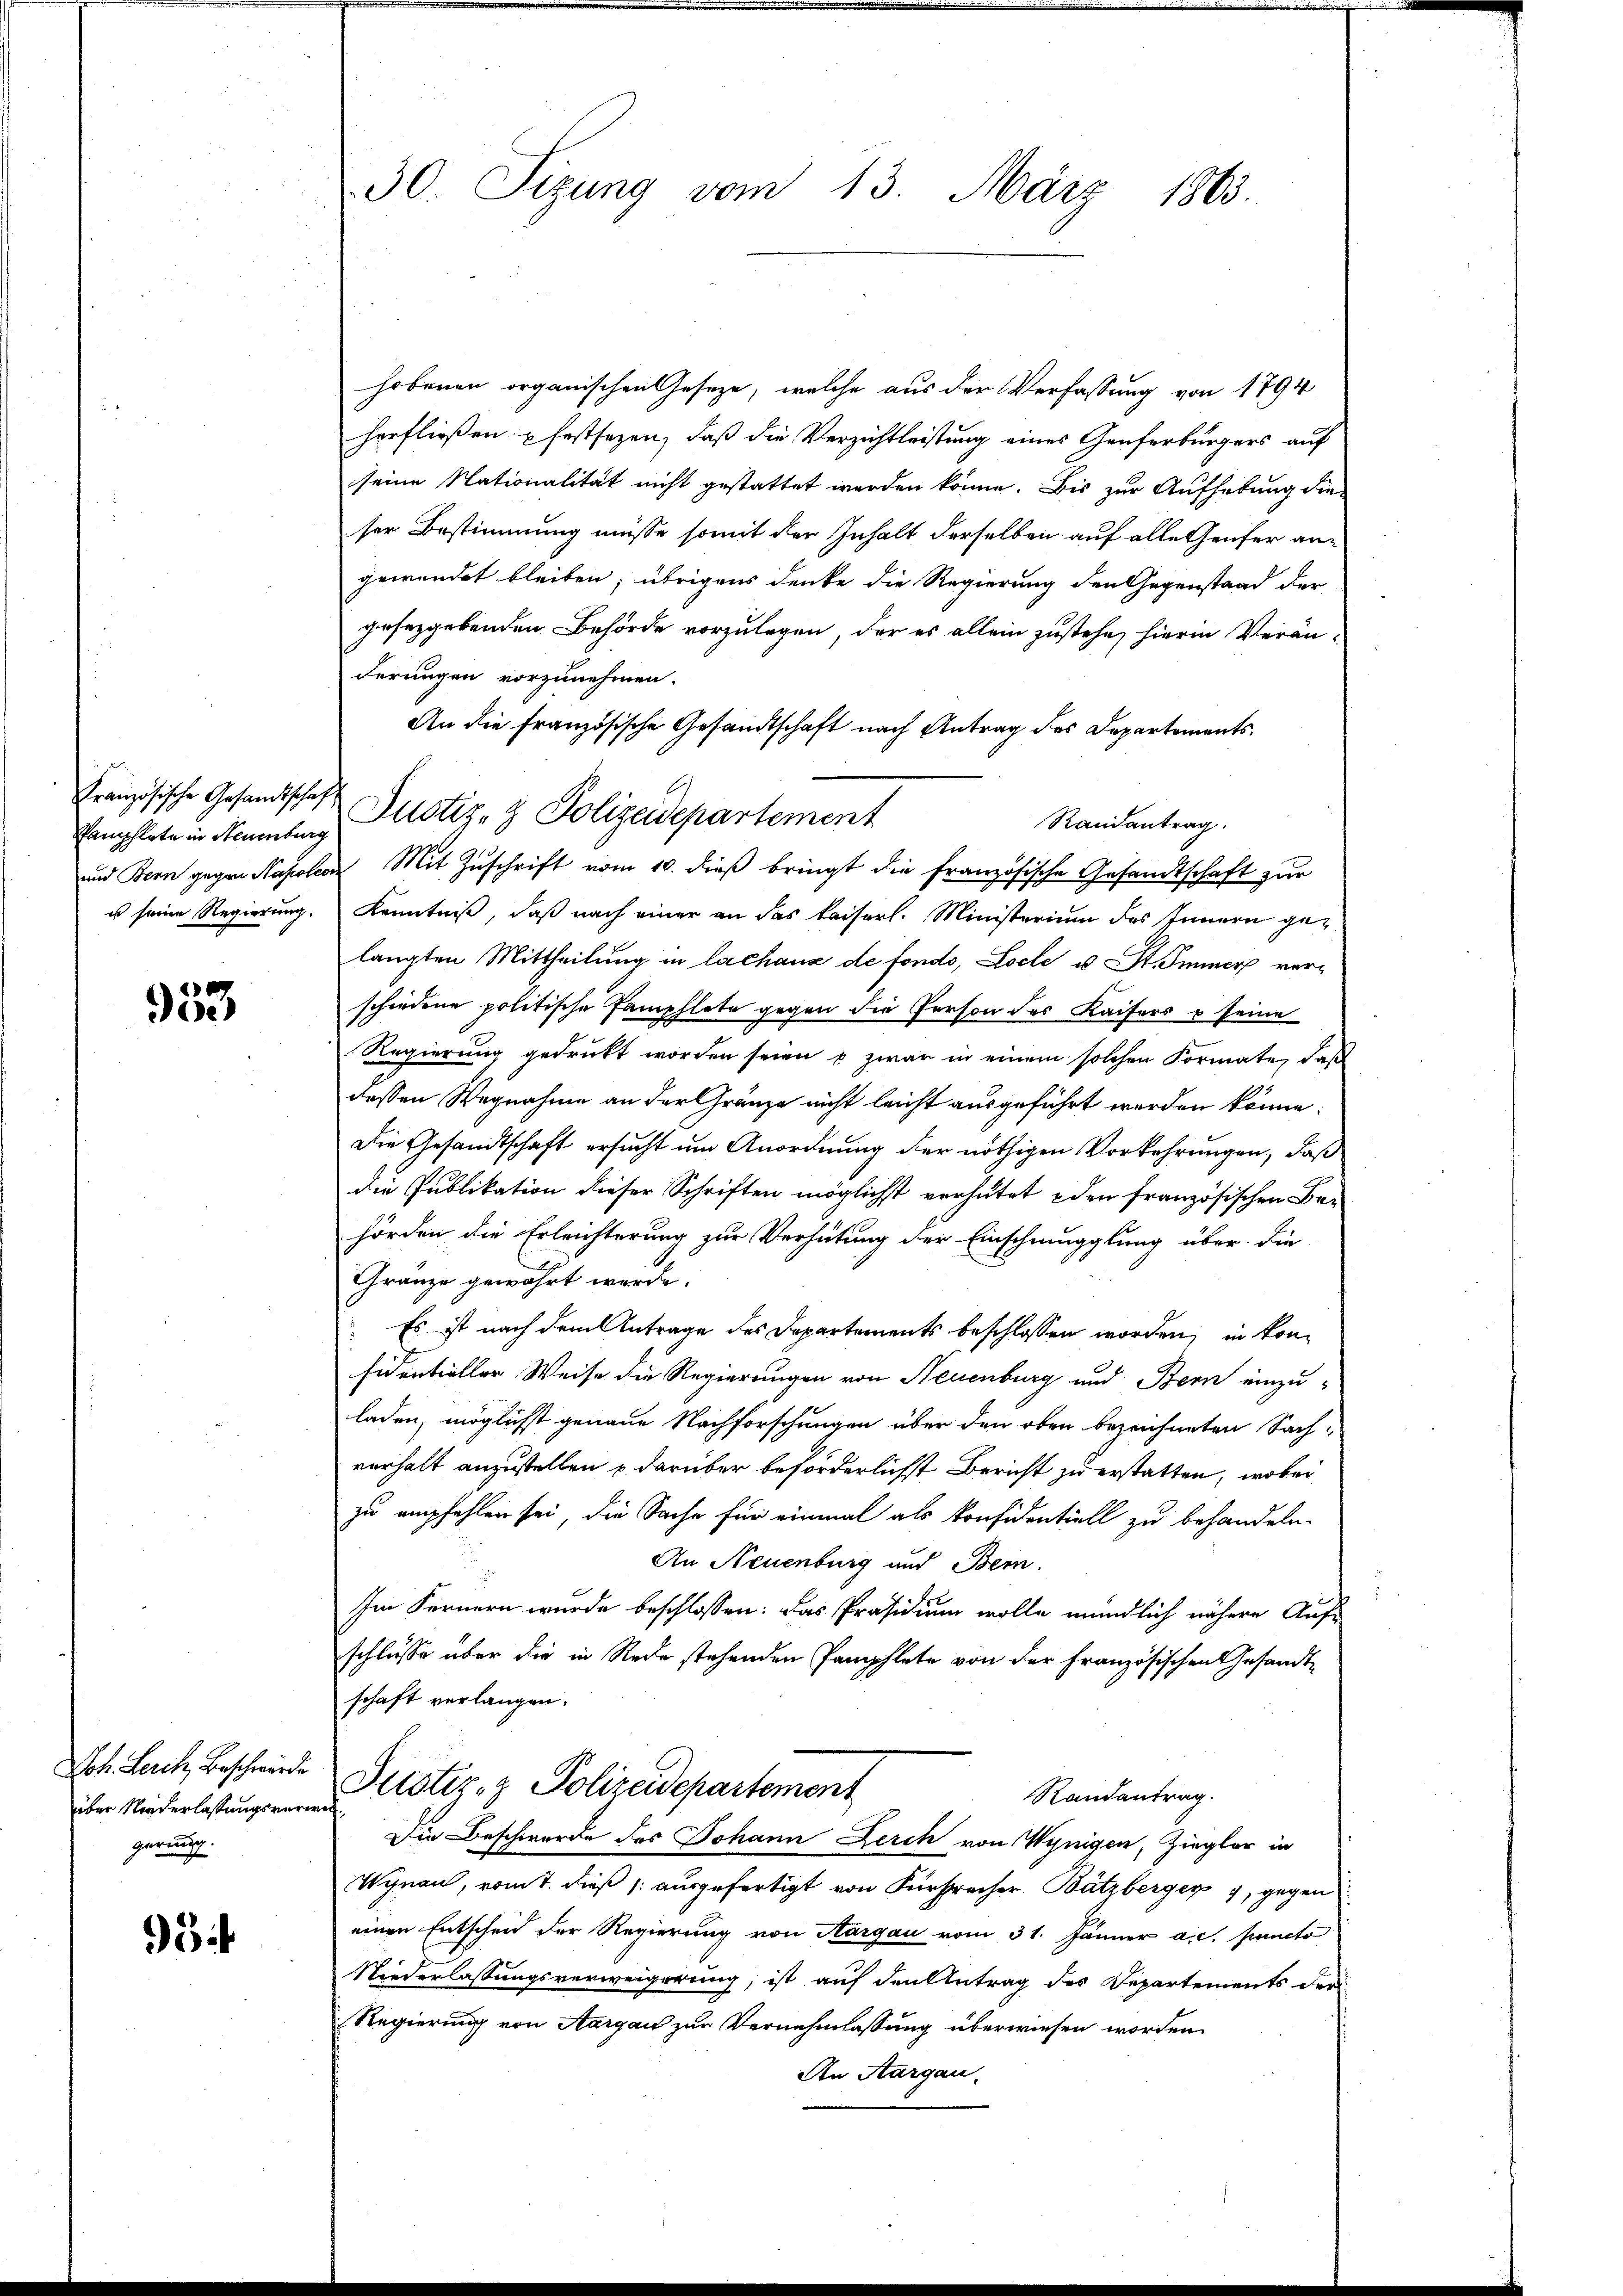
Pamphlete in Neuenburg
us seine Regierung.

953

Joh. Lerch, Beschwärde
über Niederlassungsverwal
gerung.

i

30. Sizung vom 13. März 1863.

hobenen organischen Geseze, welche aus der Verfassung von 1794
herfließen u festsezen, daß die Verzichtleistung eines Genferbürgers auf
seine Nationalität nicht gestattet werden könne. Bis zur Aufhebung die
ser Bestimmung müsse somit der Inhalt derselben auf alle heuter angewendet bleiben; übrigens denke die Regierung den Gegenstand der
gesetzgebenden Behörde vorzulegen, der es allein zustehe, hierin Verän-
derungen vorzunehmen.
An die Französische Gesandtschaft nach Antrag des Departements.
Randantrag.
und Bern gegen Napoleon Mit Zŭschrift vom 10. dieß bringt die französische Gesandtschaft zur
Kenntniß, daß nach einer an das kaiserl. Ministerium des Innern gelangten Mittheilung in lachanz de fondo, Loche u St. Immer verschiedene politische Famphlete gegen die Person des Kaisers u seine
Regierung gedruckt worden seien u. zwar in einem solchen Formate, daß
dessen Wegnahme an der Gränze nicht leicht ausgeführt werden könne.
Die Gesandtschaft ersucht um Anordnung der nöthigen Vorkehrungen, daß
die Publikation dieser Schriften möglicht verhütet den französischen Behörden die Erleichterung zur Verhütung der Einschmugglung über die
Gränze gewährt werde.
Es ist nach dem Antrage des Departements beschlossen worden, in konfidentieller Weise die Regierungen von Neuenburg und Bern einzu-
laden, möglichst genaue Nachforschungen über den oben bezeichneten Sach-
verhalt anzustellen u darüber beförderlichst Bericht zu erstatten, wobei
zu empfehlen sei, die Sache für einmal als Konfidentiell zu behandeln.
An Neuenburg und Bern.
Im Fernern wurde beschlossen: das Präsidium wolle mündlich nähere Auf-
schlüsse über die in Rede stehenden Pamphlete von der Französischen Gesandtschaft verlangen.
Justiz- & Polizeidepartement
Randantrag.
Die Beschwerde des Johann Lerch von Wynigen, Ziegler in
Wynau, vom t. dieß (: ausgefertigt von Fürsprecher Bützberger, gegen
einen Entscheid der Regierung von Aargau vom 31. Jänner a. c. puncto
Niederlassungsverweigerung, ist auf den Antrag des Departements der
Regierung von Aargau zur Vernehmlassung überwiesen worden
An Aargau.

Französische Gesandtschaft Justiz- & Polizeidepartement